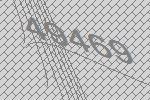
49469